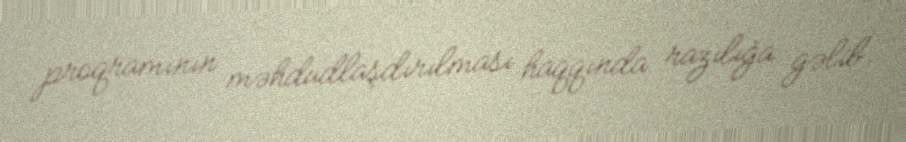
proqramının məhdudlaşdırılması haqqında razılığa gəlib.